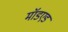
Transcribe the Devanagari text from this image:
मॉडएड